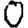
Digit: 0